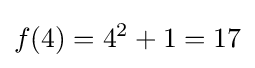
f(4)=4^{2}+1=17